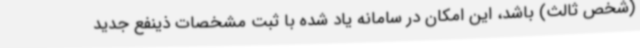
(شخص ثالث) باشد، این امکان در سامانه یاد شده با ثبت مشخصات ذینفع جدید